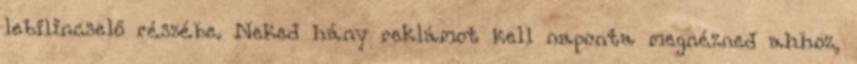
lebilincselő részébe. Neked hány reklámot kell naponta megnézned ahhoz,